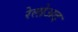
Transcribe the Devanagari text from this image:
रेलोअद